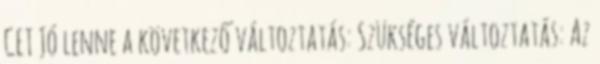
CET Jó lenne a következő változtatás: Szükséges változtatás: Az